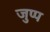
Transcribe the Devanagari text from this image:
जुप्प